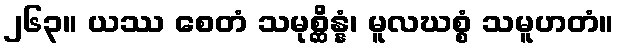
၂၆၃။ ယဿ စေတံ သမုစ္ဆိန္နံ၊ မူလဃစ္စံ သမူဟတံ။